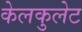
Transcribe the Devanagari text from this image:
केलकुलेट